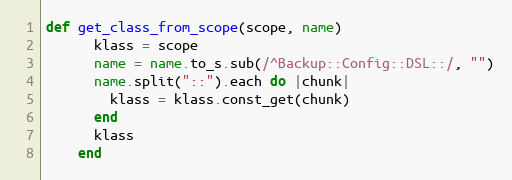
Language: Ruby
def get_class_from_scope(scope, name)
      klass = scope
      name = name.to_s.sub(/^Backup::Config::DSL::/, "")
      name.split("::").each do |chunk|
        klass = klass.const_get(chunk)
      end
      klass
    end